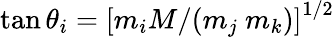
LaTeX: \tan\theta_{i}=\left[m_{i}M/(m_{j}\ m_{k})\right]^{1/2}